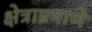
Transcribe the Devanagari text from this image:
क्षेत्राप्रमाणे